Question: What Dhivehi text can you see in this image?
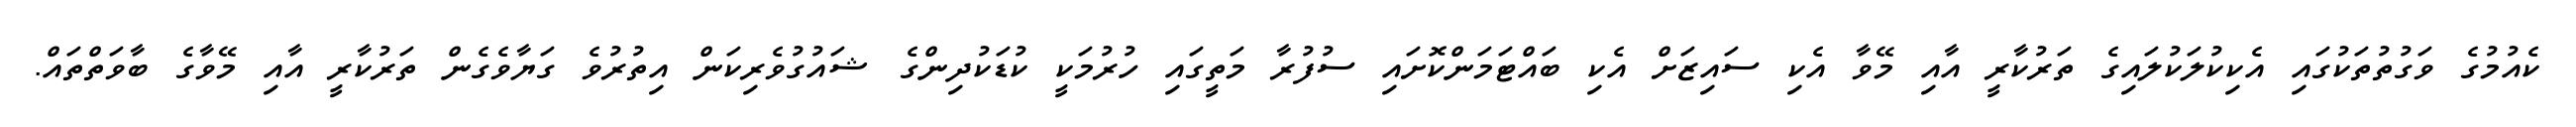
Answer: ކެއުމުގެ ވަގުތުތަކުގައި އެކިކުލަކުލައިގެ ތަރުކާރީ އާއި މޭވާ އެކި ސައިޒަށް އެކި ބައްޓަމަންކޮށައި ސުފުރާ މަތީގައި ހުރުމަކީ ކުޑަކުދިންގެ ޝައުގުވެރިކަން އިތުރުވެ ގަޔާވެގެން ތަރުކާރީ އާއި މޭވާގެ ބާވަތްތައް.